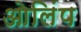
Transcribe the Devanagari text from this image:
ओलिंप